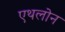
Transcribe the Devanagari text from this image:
एथलोन